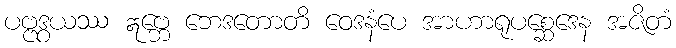
ပဗ္ဗဒွယဿ ဣဗ္ဘေ ဘေဒတောတိ ဝေဒနံပေ အာဟာရုပစ္ဆေဒေန အဇိတံ